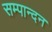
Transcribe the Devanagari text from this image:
सम्पान्दन